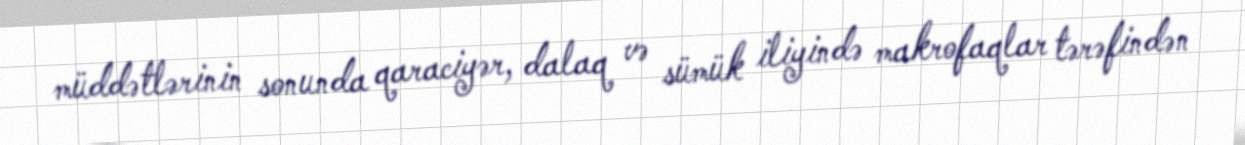
müddətlərinin sonunda qaraciyər, dalaq və sümük iliyində makrofaqlar tərəfindən